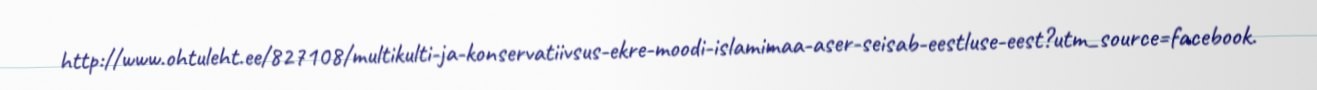
http://www.ohtuleht.ee/827108/multikulti-ja-konservatiivsus-ekre-moodi-islamimaa-aser-seisab-eestluse-eest?utm_source=facebook.